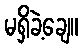
မရှိခဲ့ချေ။